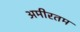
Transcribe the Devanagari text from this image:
अमीरतम